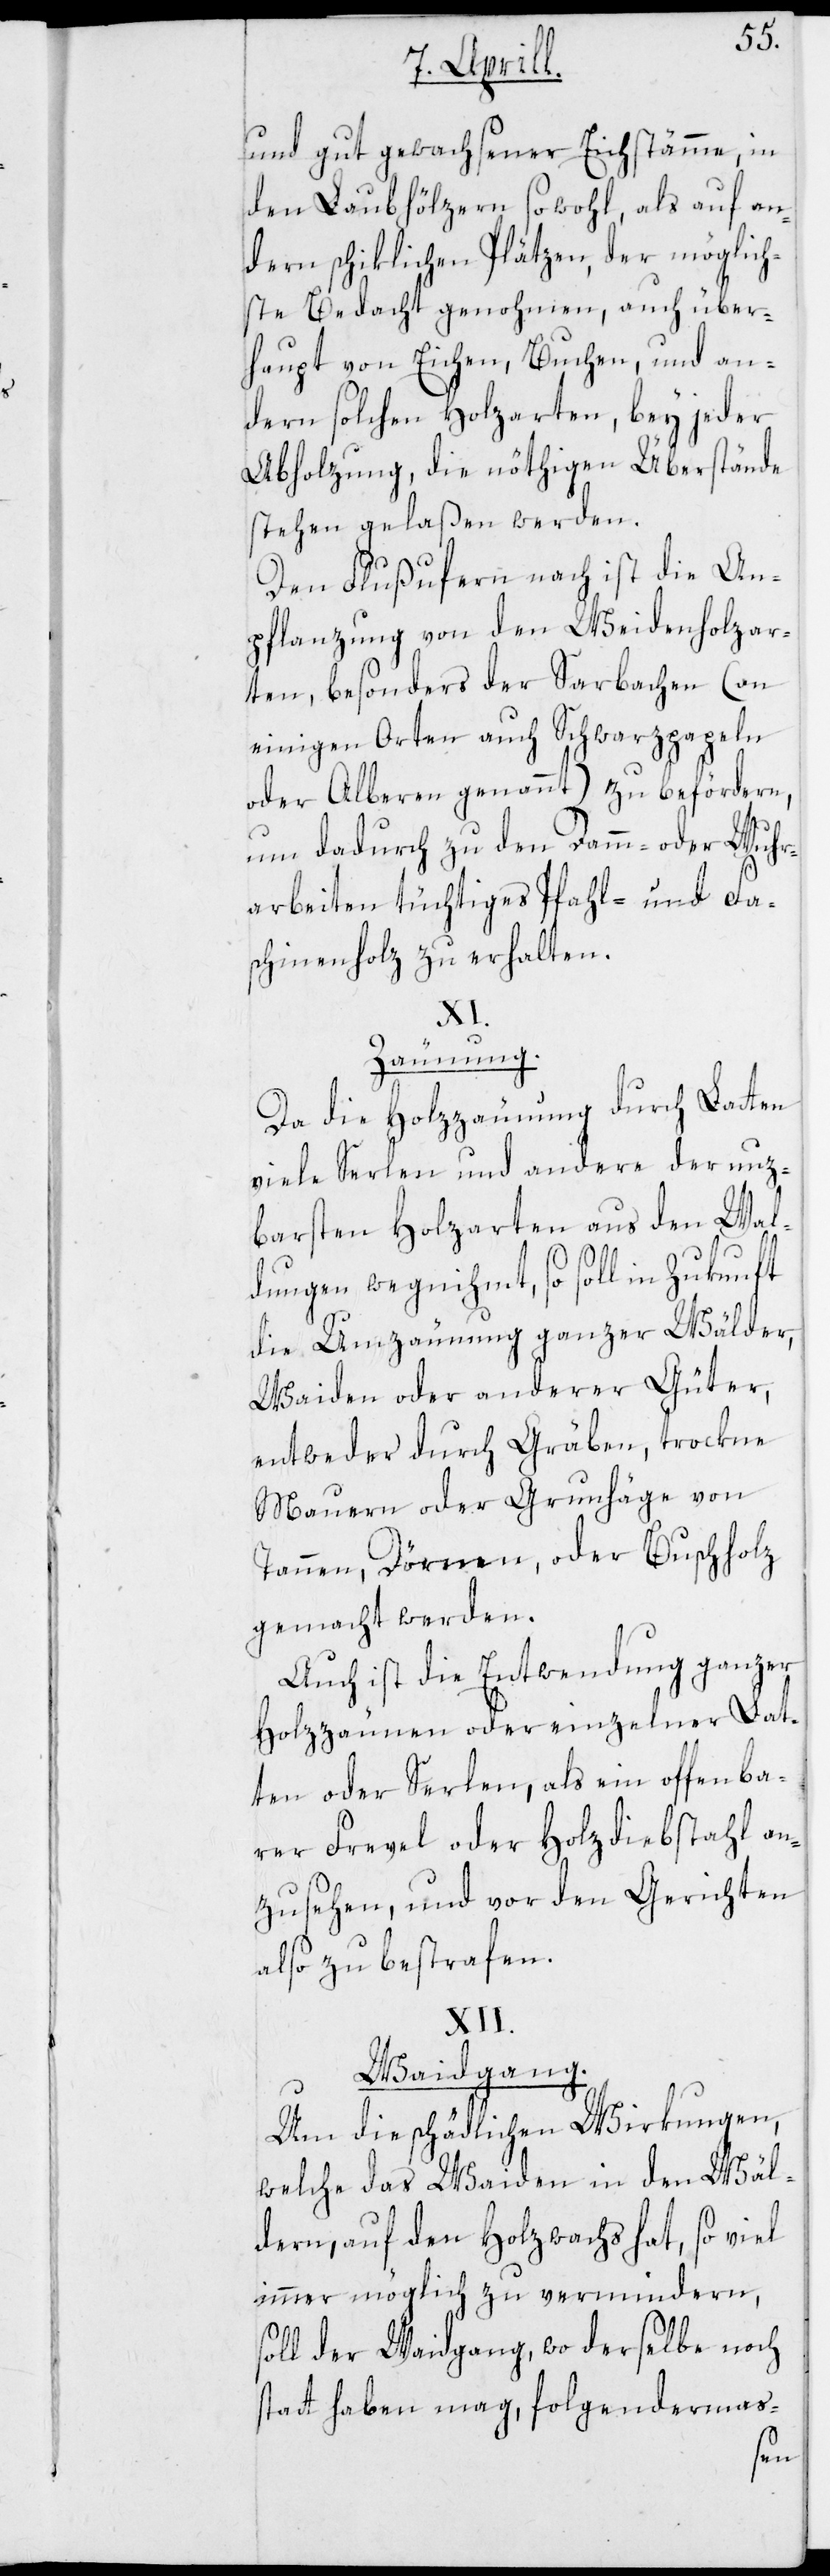
und gut gewachsener Eichstämme, in
den Laubhölzern sowohl, als auf an¬
dern schiklichen Plätzen, der möglich¬
ste Bedacht genohmen, auch über¬
haupt von Eichen, Buchen, und an¬
dern solchen Holzarten, bey jeder
Abholzung, die nöthigen Überstände
stehen gelaßen werden.
Den Flußufern nach ist die An¬
pflanzung von den Weidenholzar¬
ten, besonders der Sarbachen (an
einigen Orten auch Schwarzpapeln
oder Alberen genannt) zu befördern,
um dadurch zu den Damm- oder Wuhr¬
arbeiten tüchtiges Pfahl- und Fa¬
schinenholz zu erhalten.
XI.
Zäunung.
Da die Holzzäunung durch Latten
viele Serlen und andere der nuz¬
barsten Holzarten aus den Wal¬
dungen wegnihmt, so soll in Zukunft
die Umzäunung ganzer Wälder,
Waiden oder anderer Güter,
entweder durch Gräben, trockne
Mauern oder Grunhäge von
Tannen, Dörnen, oder Buschholz
gemacht werden.
Auch ist die Entwendung ganzer
Holzzäunen oder einzelner Lat¬
ten oder Serlen, als ein offenba¬
rer Frevel oder Holzdiebstahl an¬
zusehen, und von den Gerichten
also zu bestrafen.
XII.
Waidgang.
Um die schädlichen Wirkungen,
welche das Waiden in den Wäl¬
dern, auf den Holzwachs hat, so viel
immer möglich zu vermindern,
soll der Waidgang, wo derselbe noch
statt haben mag, folgendermas-